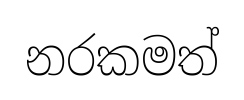
නරකමත්